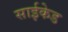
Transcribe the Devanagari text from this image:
साईकेड